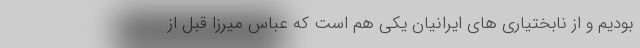
بودیم و از نابختیاری های ایرانیان یکی هم است که عباس میرزا قبل از